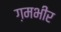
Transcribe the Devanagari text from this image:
ग़मभीर